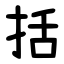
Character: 括